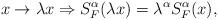
LaTeX: \begin{align*}x \rightarrow \lambda x \Rightarrow S_{F}^{\alpha}(\lambda x)=\lambda^{\alpha} S_{F}^{\alpha}(x),\end{align*}